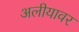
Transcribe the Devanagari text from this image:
अलीयावर